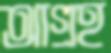
আগ্রহ